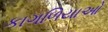
કાગળિયાઓ